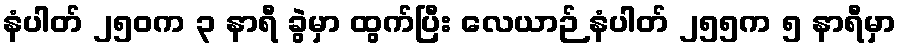
နံပါတ် ၂၅၀က ၃ နာရီ ခွဲမှာ ထွက်ပြီး လေယာဉ် နံပါတ် ၂၅၅က ၅ နာရီမှာ